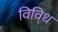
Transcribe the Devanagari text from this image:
विवि्ध